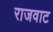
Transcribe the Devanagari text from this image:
राजवाट